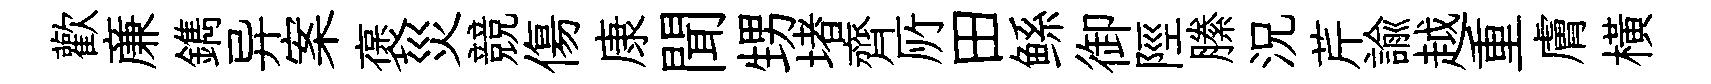
歡亷鐫异案褒災競傷康聞甥堵齊𠩄田鲧御陘縢況芹諭越重膚横